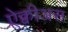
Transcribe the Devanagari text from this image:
ऐक्वीअस